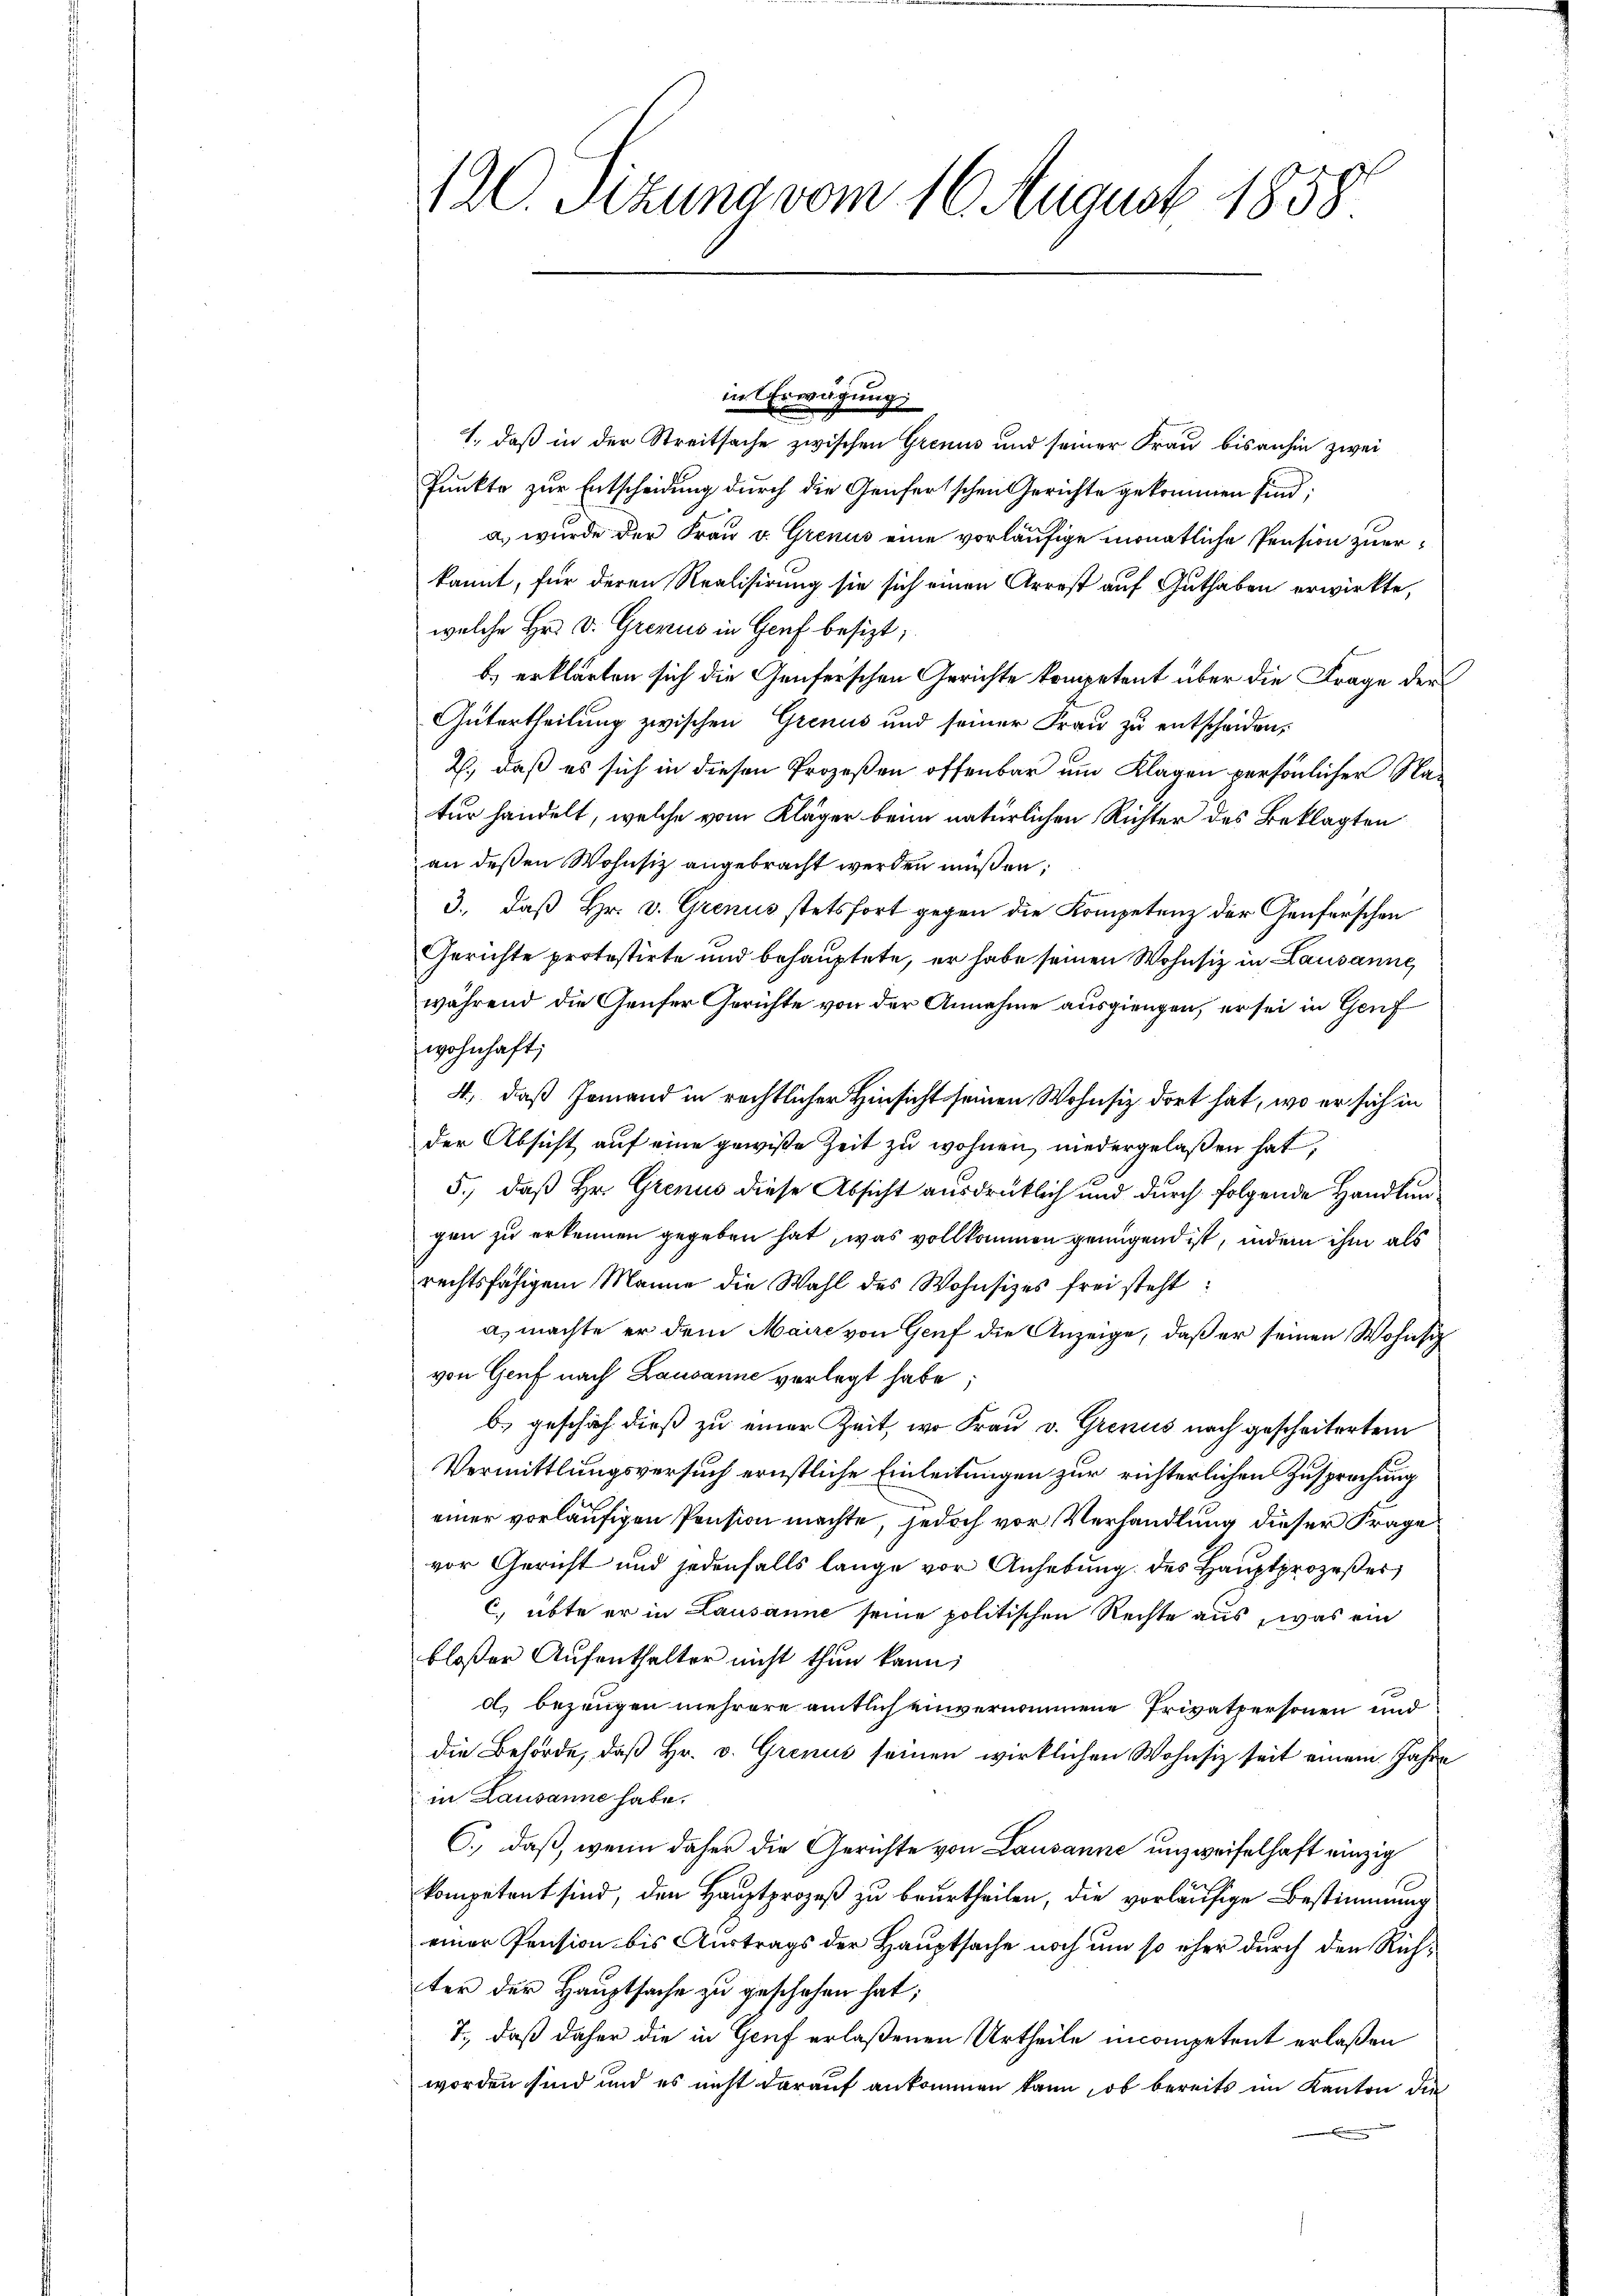
12. Sitzung vom 16. August 1859

in Erwägung
1., daß in der Streitsache zwischen Grenus und seiner Frau bisanhin zwei
Punkte zur Entscheidung durch die Genfertschen Gerichte gekommen sind;
a. wurde der Frau v. Grenus eine vorläufige monatliche Pension zuerkannt, für deren Realisirung sie sich einen Arrest auf Guthaben erwirkte,
welche Hr. v. Grenus in Genf besizt;
b) erklärten sich die Genferschen Gerichte kompetent über die Frage der
Gütertheilung zwischen Grenus und seiner Frau zu entscheiden,
2., daß es sich in diesen Prozeßen offenbar um Klagen persönlicher Natur handelt, welche vom Kläger beim natürlichen Richter des Beklagten
an deßen Wohnsiz angebracht werden müßen;
3., daß Hr. v. Grenus stetsfort gegen die Kompetenz der Genferschen
Gerichte protestirte und behauptete, er habe seinen Wohnsiz in Lausanne
während die Genfer Gerichte von der Annahme ausgiengen, er sei in Genf
wohnhaft;
4., daß Jemand in rechtlicher Hinsicht seinen Wohnsiz dort hat, wo er sich in
der Absicht auf eine gewiße Zeit zu wohnen, niedergelaßen hat,
5.) daß Hr. Grenus diese Absicht ausdrücklich und durch folgende Handlungen zu erkennen gegeben hat, was vollkommen genügend ist, indem ihm als
rechtsfähigem Manne die Wahl des Wohnsizes frei steht:
a, machte er dem Maire von Genf die Anzeige, daß er seinen Wohnsi
von Genf nach Lausanne verlegt habe
b. geschäch dieß zu einer Zeit, wo Frau v. Grenus nach gescheitertem
Vermittlungsversuch ernstliche Einleitungen zur richterlichen Zusprechung
einer vorläufigen Pension machte, jedoch vor Verhandlung dieser Frage
vor Gericht und jedenfalls lange vor Anhebung des Hauptprozeßes
C) übte er in Lausanne seine politischen Rechte aus, was ein
bloßer Aufenthalter nicht thun kann,
d) bezeugen mehrere amtlich einvernommene Privatpersonen und
die Behörde, daß Hr. v. Grenz seinen wirklichen Wohnsitz seit einem Jahre
in Lausanne habe.
C.), daß, wenn daher die Gerichte von Lausanne unzweifelhaft einzig
kompetent sind, den Hauptprozeß zu beurtheilen, die vorläufige Bestimmung
einer Pension bis Austrags der Hauptsache noch um so eher durch den Richter der Hauptsache zu geschehen hat;
7., daß daher die in Genf erlaßenen Urtheile incompetent erlaßen
worden sind und es nicht darauf ankommen kann, ob bereits im Kanton die